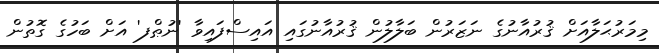
މިމަރުޙަލާއަށް ޤުރުއާނުގެ ނަޒަރުން ބަލާލުން ޤުރުއާނުގައި އައިސްފައިވާ 'ނުޠްފ' އަށް ބަހުގެ ގޮތުން